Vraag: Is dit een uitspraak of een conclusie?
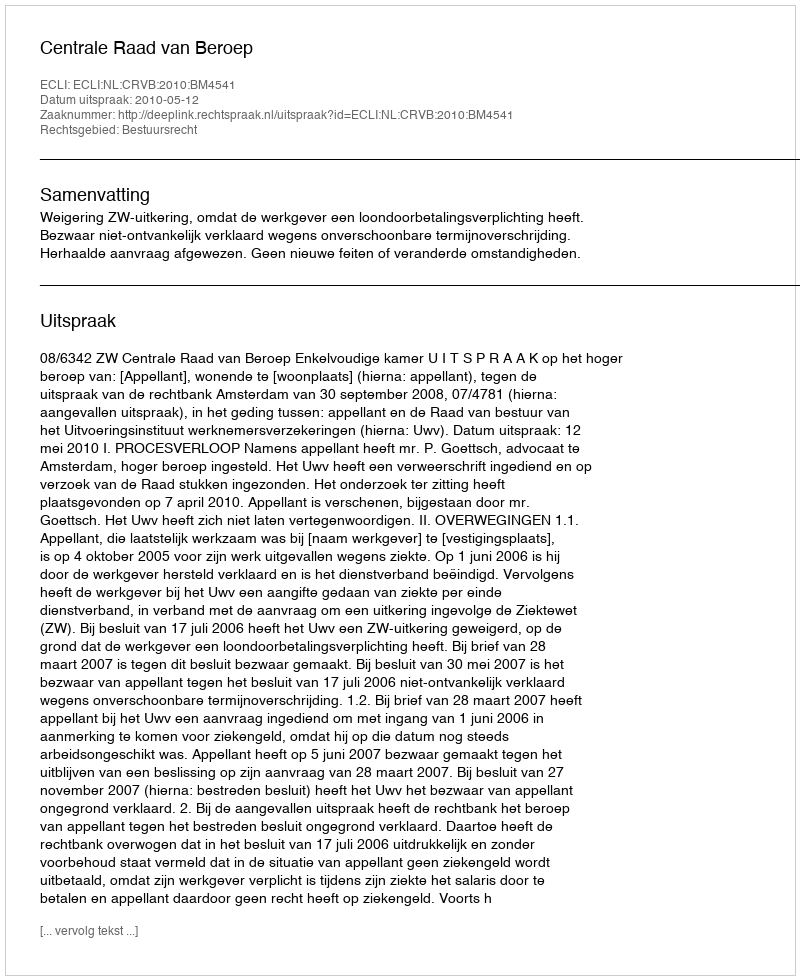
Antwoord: Uitspraak